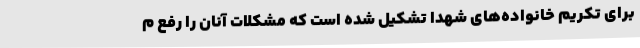
برای تکریم خانواده‌های شهدا تشکیل شده است که مشکلات آنان را رفع م